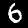
Label: 6